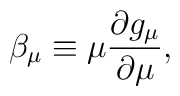
\beta _{\mu }\equiv \mu \frac{\partial g_{\mu }}{\partial \mu },